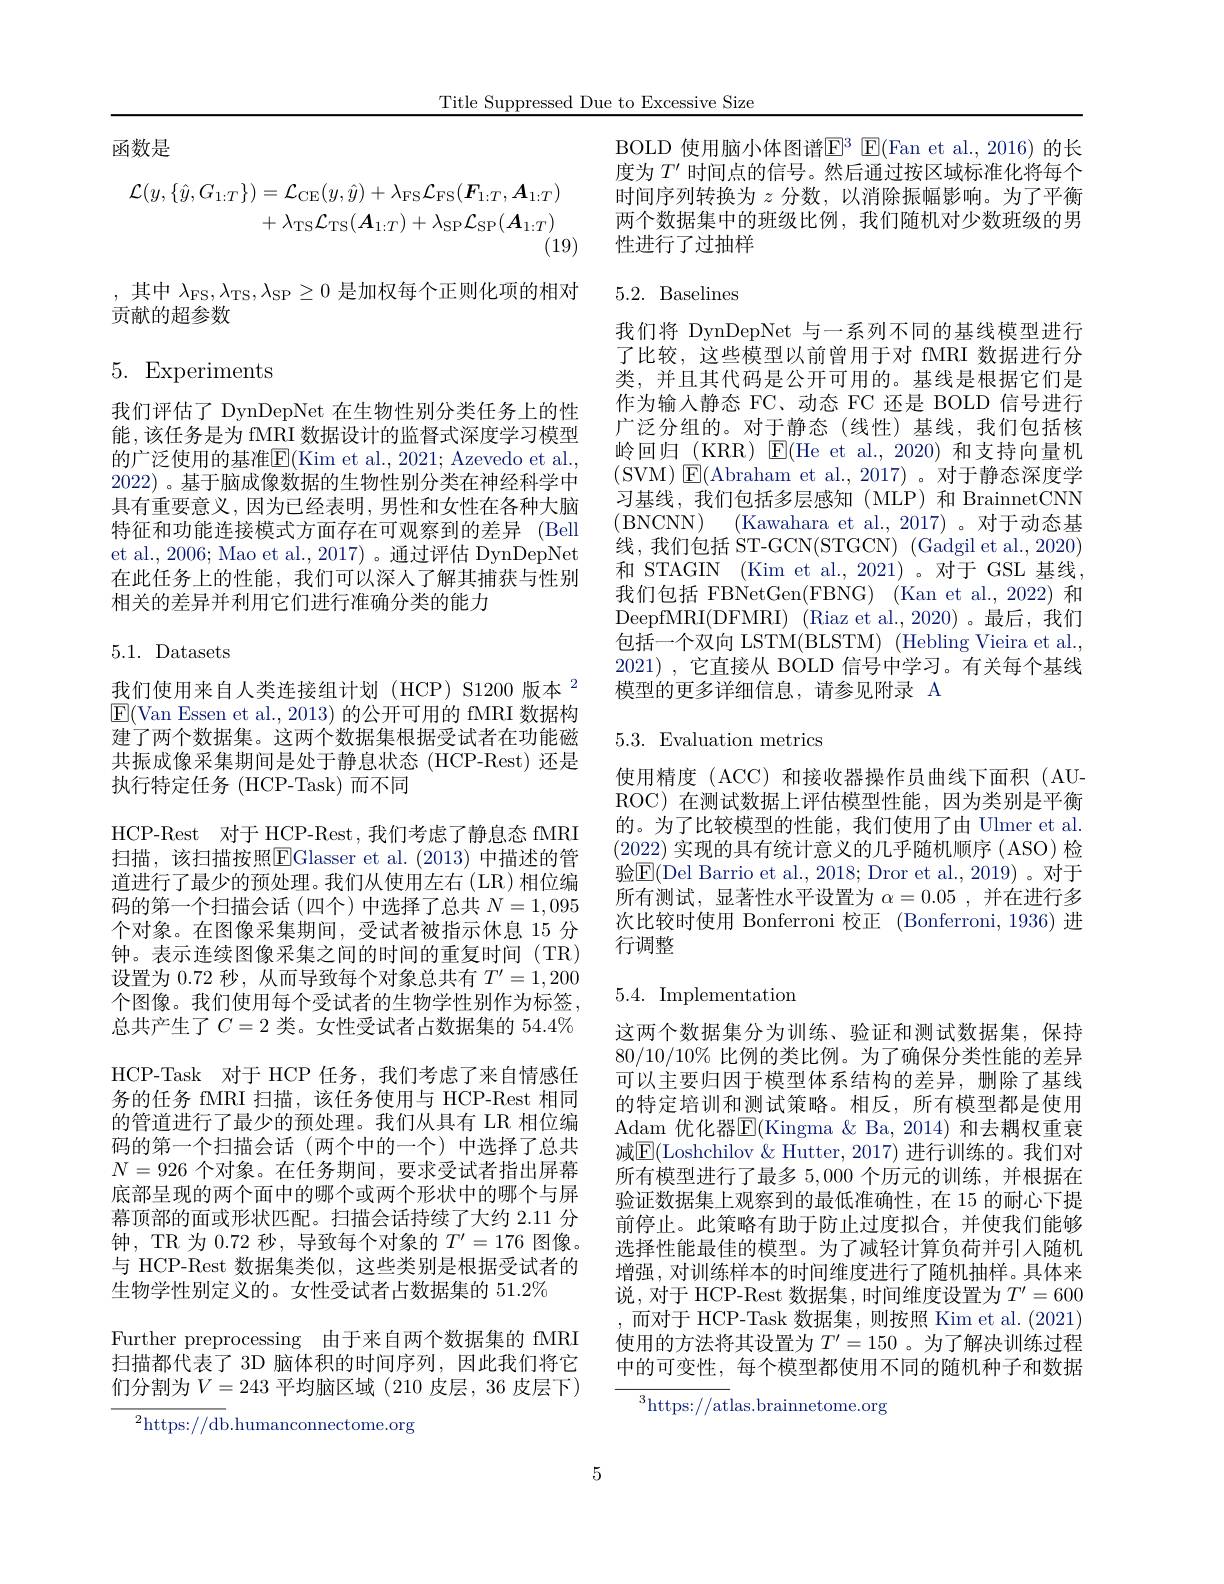
Title Suppressed Due to Excessive Size

函数是
$$\begin{aligned}\mathcal{L}(y,\{\hat{y},G_{1:T}\})&=\mathcal{L}_{\mathrm{CE}}(y,\hat{y})+\lambda_{\mathrm{FS}}\mathcal{L}_{\mathrm{FS}}(\boldsymbol{F}_{1:T},\boldsymbol{A}_{1:T})\\&+\lambda_{\mathrm{TS}}\mathcal{L}_{\mathrm{TS}}(\boldsymbol{A}_{1:T})+\lambda_{\mathrm{SP}}\mathcal{L}_{\mathrm{SP}}(\boldsymbol{A}_{1:T})\end{aligned}$$
(19)

,其中$\lambda_\mathrm{FS},\lambda_\mathrm{TS},\lambda_\mathrm{SP}\geq0$是加权每个正则化项的相对
贡献的超参数

## 5. Experiments

我们评估了 DynDepNet 在生物性别分类任务上的性能 , 该任务是为 fMRI 数据设计的监督式深度学习模型的广泛使用的基准$\overline{\mathrm{E}}($Kim et al., 2021; Azevedo et al., 2022) 。基于脑成像数据的生物性别分类在神经科学中具有重要意义，因为已经表明，男性和女性在各种大脑特征和功能连接模式方面存在可观察到的差异 (Bell et al., 2006; Mao et al., 2017) 。通过评估 DynDepNet 在此任务上的性能，我们可以深入了解其捕获与性别相关的差异并利用它们进行准确分类的能力

5.1. Datasets

我们使用来自人类连接组计划(HCP)S1200 版本$^{2}$ $\boxed{\mathrm{E}}($Van Essen et al., 2013) 的公开可用的 fMRI 数据构建了两个数据集。这两个数据集根据受试者在功能磁共振成像采集期间是处于静息状态(HCP-Rest)还是执行特定任务 (HCP-Task)而不同

HCP-Rest 对于 HCP-Rest,我们考虑了静息态 fMRI 扫描，该扫描按照$\boxed{\mathrm{F}}$Glasser et al.(2013) 中描述的管道进行了最少的预处理。我们从使用左右(LR)相位编码的第一个扫描会话(四个)中选择了总共$N=1,095$ 个对象。在图像采集期间，受试者被指示休息 15 分钟。表示连续图像采集之间的时间的重复时间(TR) 设置为0.72秒，从而导致每个对象总共有$T^\prime=1,200$ 个图像。我们使用每个受试者的生物学性别作为标签， 总共产生了$C=2$类。女性受试者占数据集的$54.4\%$ HCP-Task 对于 HCP 任务，我们考虑了来自情感任务的任务 fMRI 扫描，该任务使用与 HCP-Rest 相同的管道进行了最少的预处理。我们从具有 LR 相位编码的第一个扫描会话(两个中的一个)中选择了总共$N=926$个对象。在任务期间，要求受试者指出屏幕底部呈现的两个面中的哪个或两个形状中的哪个与屏幕顶部的面或形状匹配。扫描会话持续了大约 2.11 分钟，TR 为 0.72 秒，导致每个对象的$T^\prime=176$图像。与 HCP-Rest 数据集类似，这些类别是根据受试者的生物学性别定义的。女性受试者占数据集的 51.2%
Further preprocessing 由于来自两个数据集的 fMRI 扫描都代表了 3D 脑体积的时间序列，因此我们将它们分割为$V=243$ 平均脑区域 (210 皮层，36 皮层下)
${^{2}\mathrm{https:}//\mathrm{db}}.$humanconnectome.org

BOLD 使用脑小体图谱$\mathbb{E}^3$ $\mathbb{E}($Fan et al.,2016)的长度为$T^{\prime}$时间点的信号。然后通过按区域标准化将每个时间序列转换为$z$分数，以消除振幅影响。为了平衡两个数据集中的班级比例，我们随机对少数班级的男性进行了过抽样

# 5.2. Baselines

我们将 DynDepNet 与一系列不同的基线模型进行了比较，这些模型以前曾用于对 fMRI 数据进行分类，并且其代码是公开可用的。基线是根据它们是作为输入静态 FC、动态 FC 还是 BOLD 信号进行广泛分组的。对于静态(线性)基线，我们包括核岭回归(KRR) E(He et al.,2020) 和支持向量机(SVM)$\boxtimes$E(Abraham et al., 2017)。对于静态深度学习基线，我们包括多层感知(MLP)和 BrainnetCNN (BNCNN) (Kawahara et al.,2017)。对于动态基线，我们包括 ST-GCN(STGCN) (Gadgil et al., 2020) 和 STAGIN (Kim et al., 2021)。对于 GSL 基线， 我们包括 FBNetGen(FBNG) (Kan et al., 2022) 和DeepfMRI(DFMRI) (Riaz et al.,2020) 。最后，我们包括一个双向 LSTM(BLSTM) (Hebling Vieira et al., 2021),它直接从 BOLD 信号中学习。有关每个基线模型的更多详细信息，请参见附录 A

## 5.3.Evaluation metrics

使用精度(ACC)和接收器操作员曲线下面积(AUROC) 在测试数据上评估模型性能，因为类别是平衡的。为了比较模型的性能，我们使用了由 Ulmer et al. (2022)实现的具有统计意义的几乎随机顺序 ( ASO) 检验$\boxed{\mathrm{F}}($Del Barrio et al., 2018; Dror et al., 2019)。对于所有测试，显著性水平设置为$\alpha=0.05$,并在进行多次比较时使用 Bonferroni 校正 (Bonferroni,1936) 进行调整

# 5.4. Implementation

这两个数据集分为训练、验证和测试数据集，保持$80/10/10\%$比例的类比例。为了确保分类性能的差异可以主要归因于模型体系结构的差异，删除了基线的特定培训和测试策略。相反，所有模型都是使用Adam 优化器$\overline{\mathbb{E}}($Kingma &Ba, 2014) 和去耦权重衰减$\boxed{\mathrm{E}}($Loshchilov & Hutter, 2017) 进行训练的。我们对所有模型进行了最多5，000个历元的训练，并根据在验证数据集上观察到的最低准确性，在 15 的耐心下提前停止。此策略有助于防止过度拟合，并使我们能够选择性能最佳的模型。为了减轻计算负荷并引人随机增强，对训练样本的时间维度进行了随机抽样。具体来说，对于 HCP-Rest 数据集，时间维度设置为$T^\prime=600$ ,而对于 HCP-Task 数据集，则按照 Kim et al.(2021) 使用的方法将其设置为$T^{\prime}=150$ 。为了解决训练过程中的可变性，每个模型都使用不同的随机种子和数据

$^3$https://atlas.brainnetome.org

5